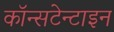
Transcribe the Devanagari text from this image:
कॉन्सटेन्टाइन